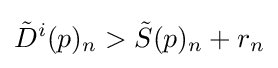
{\tilde {D}}^{i}(p)_{n}>{\tilde {S}}(p)_{n}+r_{n}